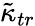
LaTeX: {\tilde{\kappa}}_{tr}